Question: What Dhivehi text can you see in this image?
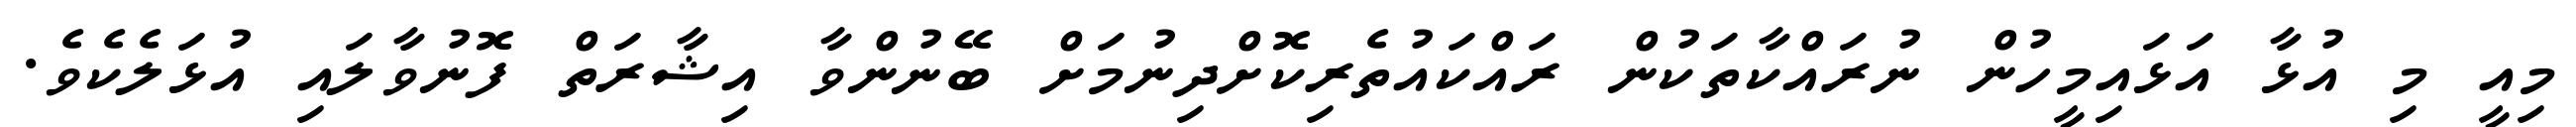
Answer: މިއީ މި އުޅާ އަޅައިމީހުން ނުރައްކާތަކުން ރައްކައުތެރިކޮށްދިނުމަށް ބޭނުންވާ އިޝާރަތް ފޮނުވާލައި އުޅަލެކެވެ.